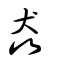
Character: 猋